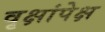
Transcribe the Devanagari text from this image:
वृक्षांपेक्ष